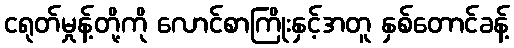
ငရုတ်မှုန့်တို့ကို လောင်စာကြိုးနှင့်အတူ နှစ်တောင်ခန့်